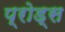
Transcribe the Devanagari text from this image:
प्रोड्स